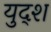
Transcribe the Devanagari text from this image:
युद्श